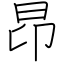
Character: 昂